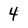
Character: 4